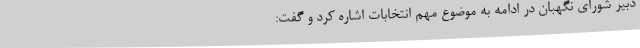
دبیر شورای نگهبان در ادامه به موضوع مهم انتخابات اشاره کرد و گفت: